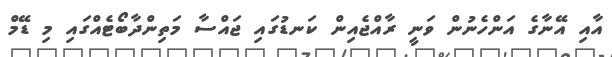
އާއި އޭނާގެ އަންހެނުން ވަނީ ރާއްޖެއިން ކަނޑުގައި ޖައްސާ މަތިންދާބޯޓެއްގައި މި ޑޭމް